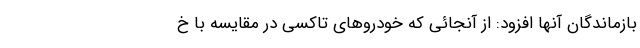
بازماندگان آنها افزود: از آنجائی که خودروهای تاکسی در مقایسه با خ